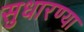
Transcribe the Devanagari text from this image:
सुधारण्या